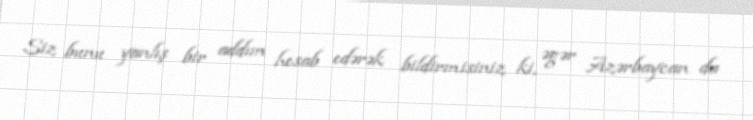
Siz bunu yanlış bir addım hesab edərək bildirmisiniz ki, əgər Azərbaycan da